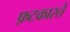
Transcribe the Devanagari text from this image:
फ़टकारते